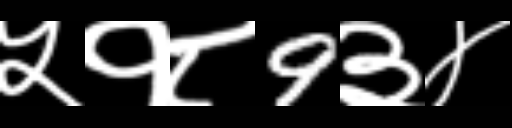
Text: ५१८9३४